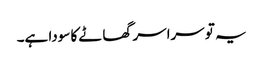
یہ تو سراسر گھاٹے کا سودا ہے۔